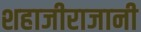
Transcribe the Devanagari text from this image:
शहाजीराजानी